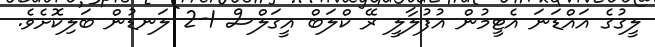
ލީގުގެ އައްޑަނަ އެޓީމުން އުފުލާލީ ރޭ ކްލަބް އީގަލްސް 1-2 ލަނޑުން ބަލިކޮށެވެ.